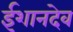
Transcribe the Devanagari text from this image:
ईशानदेव